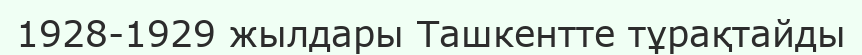
1928-1929 жылдары Ташкентте тұрақтайды